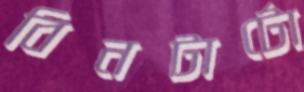
বিনটার্টো